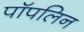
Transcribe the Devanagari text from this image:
पॉपलिन